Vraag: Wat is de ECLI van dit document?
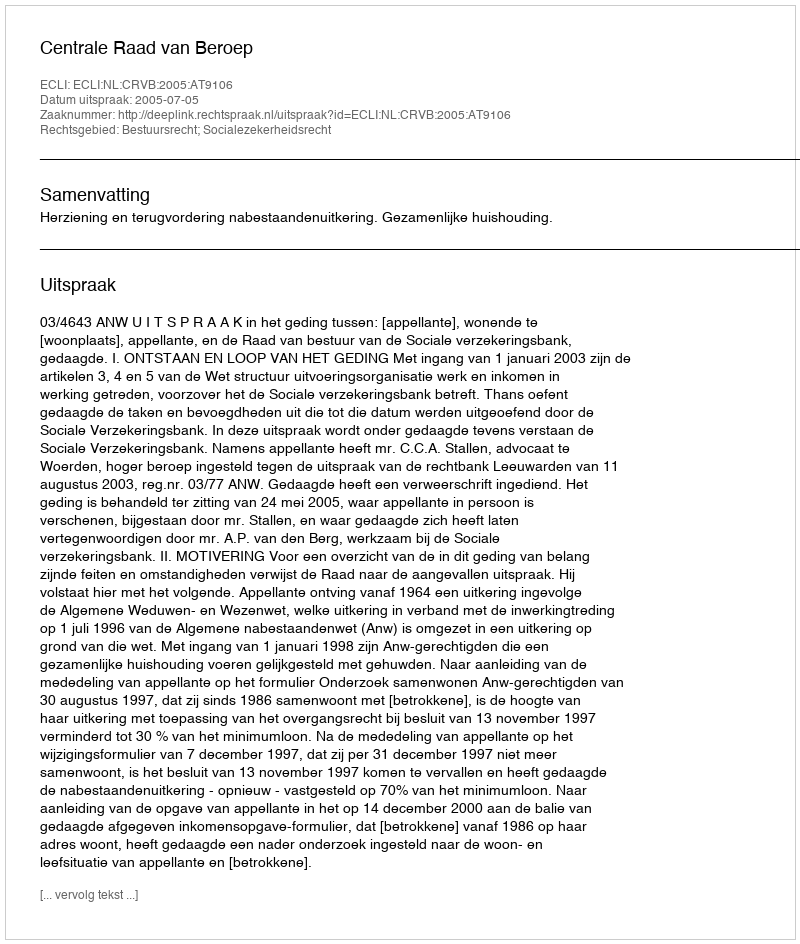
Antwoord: ECLI:NL:CRVB:2005:AT9106